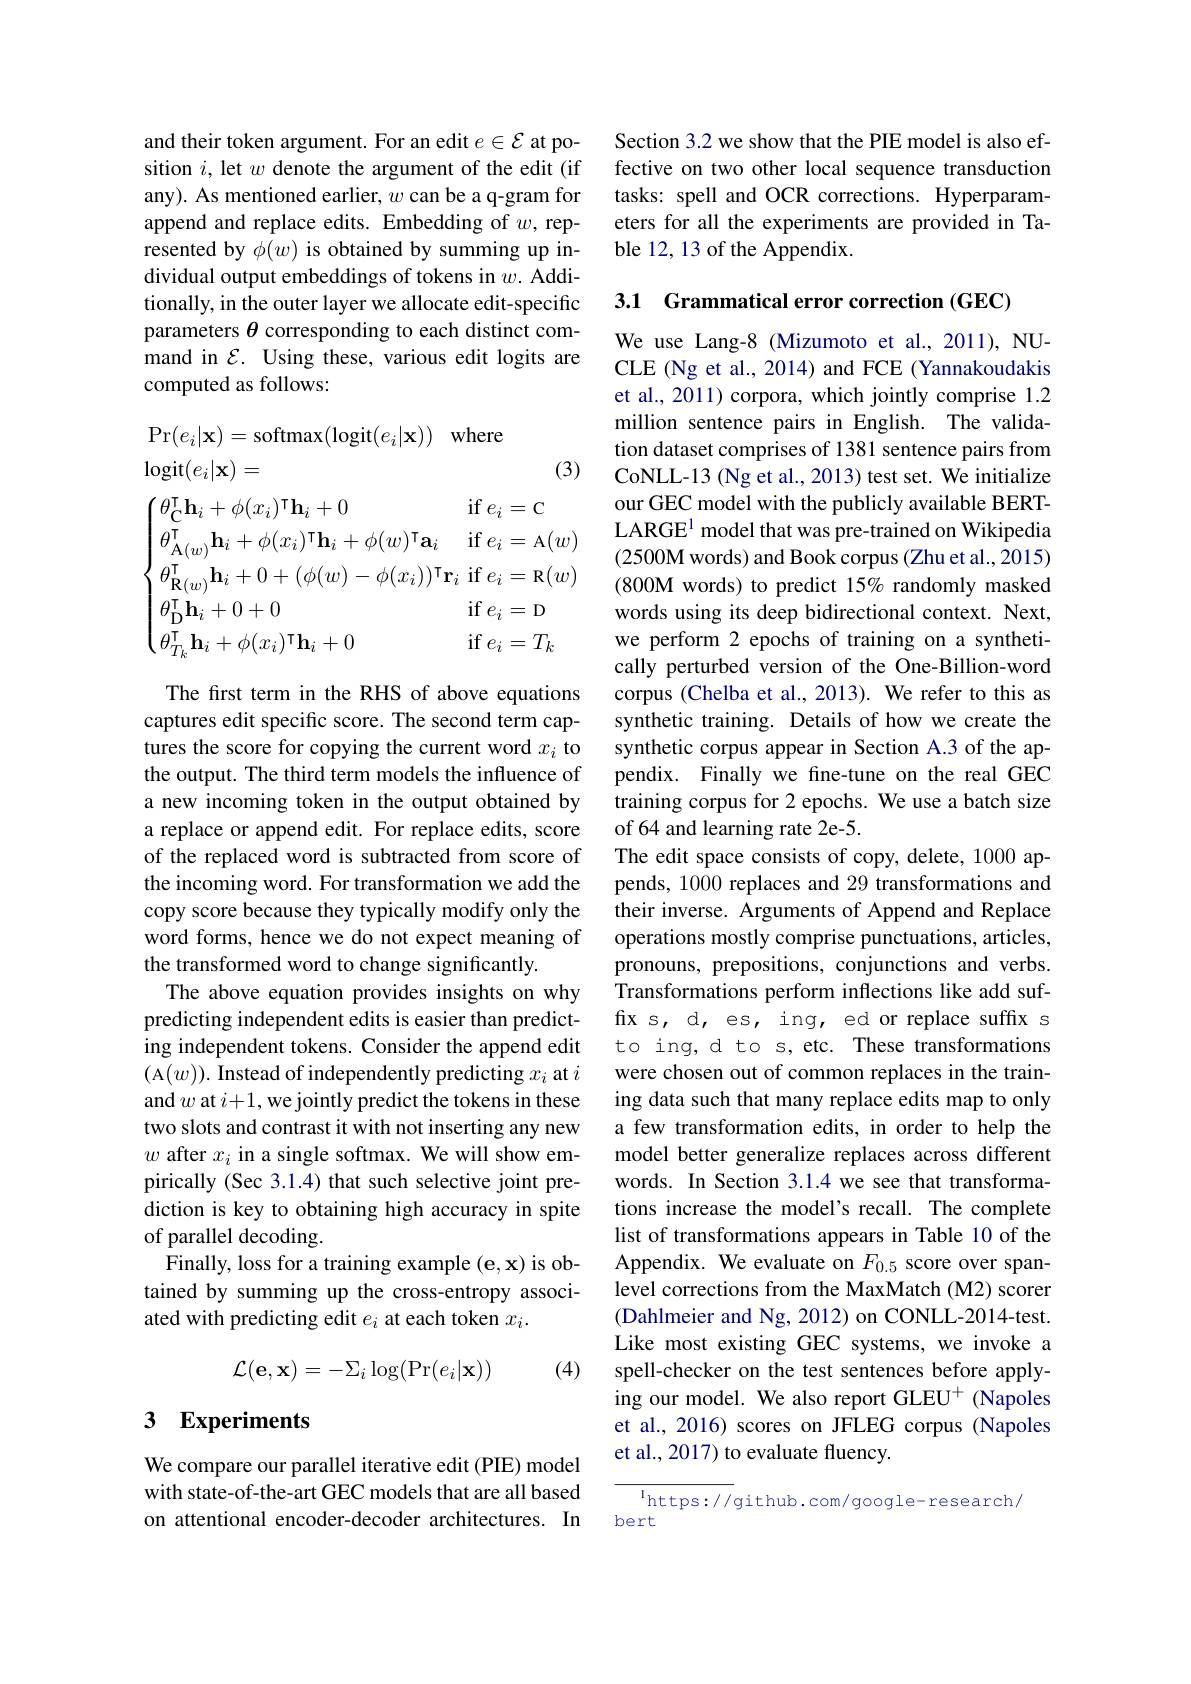
and their token argument. For an edit $e\in\mathcal{E}$ at position $i$, let $w$ denote the argument of the edit (if any). As mentioned earlier, $w$ can be a q-gram for append and replace edits. Embedding of $w$, represented by $\phi(w)$ is obtained by summing up individual output embeddings of tokens in $w.$ Additionally, in the outer layer we allocate edit-specific parameters $\theta$ corresponding to each distinct command in $\mathcal{E}.$ Using these, various edit logits are computed as follows:
$$\begin{aligned}&\mathrm{Pr}(e_{i}|\mathbf{x})=\mathrm{softmax}(\mathrm{logit}(e_{i}|\mathbf{x}))\quad\mathrm{where}\\&\mathrm{logit}(e_{i}|\mathbf{x})=&\text{(3)}\\&\begin{cases}\theta_\mathbf{C}^\mathrm{T}\mathbf{h}_i+\phi(x_i)^\mathrm{T}\mathbf{h}_i+0&\mathrm{if~}e_i=\mathrm{C}\\\theta_{\mathbf{A}(w)}^\mathrm{T}\mathbf{h}_i+\phi(x_i)^\mathrm{T}\mathbf{h}_i+\phi(w)^\mathrm{T}\mathbf{a}_i&\mathrm{if~}e_i=\mathrm{A}(w)\\\theta_{\mathbf{R}(w)}^\mathrm{T}\mathbf{h}_i+0+(\phi(w)-\phi(x_i))^\mathrm{T}\mathbf{r}_i&\mathrm{if~}e_i=\mathrm{R}(w)\\\theta_{\mathbf{D}}^\mathrm{T}\mathbf{h}_i+0+0&\mathrm{if~}e_i=\mathrm{D}\\\theta_{T_k}^\mathrm{T}\mathbf{h}_i+\phi(x_i)^\mathrm{T}\mathbf{h}_i+0&\mathrm{if~}e_i=T_k\end{cases}\end{aligned}$$
The first term in the RHS of above equations captures edit specific score. The second term captures the score for copying the current word $x_i$ to the output. The third term models the influence of a new incoming token in the output obtained by a replace or append edit. For replace edits, score of the replaced word is subtracted from score of the incoming word. For transformation we add the copy score because they typically modify only the word forms, hence we do not expect meaning of the transformed word to change significantly.
The above equation provides insights on why predicting independent edits is easier than predicting independent tokens. Consider the append edit (A$(w)).$ Instead of independently predicting $x_i$ at $i$ and $w$ at $i+1$, we jointly predict the tokens in these two slots and contrast it with not inserting any new $w$ after $x_i$ in a single softmax. We will show empirically ( Sec 3.1.4) that such selective joint prediction is key to obtaining high accuracy in spite of parallel decoding.
Finally, loss for a training example (e,x) is obtained by summing up the cross-entropy associated with predicting edit $e_i$ at each token $x_i.$
$$\mathcal{L}(\mathbf{e},\mathbf{x})=-\Sigma_{i}\log(\Pr(e_{i}|\mathbf{x}))$$
(4)

# 3 Experiments

We compare our parallel iterative edit (PIE) model with state-of-the-art GEC models that are all based on attentional encoder-decoder architectures. In

Section 3.2 we show that the PIE model is also effective on two other local sequence transduction tasks: spell and OCR corrections. Hyperparameters for all the experiments are provided in Table 12, 13 of the Appendix.

3.1 Grammatical error correction (GEC)

We use Lang-8 (Mizumoto et al., 2011), NUCLE (Ng et al., 2014) and FCE (Yannakoudakis et al., 2011) corpora, which jointly comprise 1.2 million sentence pairs in English. The validation dataset comprises of 1381 sentence pairs from CoNLL-13 (Ng et al., 2013) test set. We initialize our GEC model with the publicly available BERTLARGE$^{1}$ model that was pre-trained on Wikipedia (2500M words) and Book corpus (Zhu et al., 2015) (800M words) to predict 15% randomly masked words using its deep bidirectional context. Next, we perform 2 epochs of training on a synthetically perturbed version of the One-Billion-word corpus (Chelba et al., 2013). We refer to this as synthetic training. Details of how we create the synthetic corpus appear in Section A.3 of the appendix. Finally we fine-tune on the real GEC training corpus for 2 epochs. We use a batch size of 64 and learning rate 2e-5.
The edit space consists of copy, delete, 1000 appends, 1000 replaces and 29 transformations and their inverse. Arguments of Append and Replace operations mostly comprise punctuations, articles, pronouns, prepositions, conjunctions and verbs. Transformations perform inflections like add suffxs, d, es, ing, ed or replace suffx s to ing, d to s, etc. These transformations were chosen out of common replaces in the training data such that many replace edits map to only a few transformation edits, in order to help the model better generalize replaces across different words. In Section 3.1.4 we see that transformations increase the model's recall. The complete list of transformations appears in Table 10 of the Appendix. We evaluate on $F_{0.5}$ score over spanlevel corrections from the MaxMatch (M2) scorer (Dahlmeier and Ng, 2012) on CONLL-2014-test. Like most existing GEC systems, we invoke a spell-checker on the test sentences before applying our model. We also report GLEU$^{+}$ (Napoles et al., 2016) scores on JFLEG corpus (Napoles et al., 2017) to evaluate fluency.

$^{1}$https: / / github. com/ google- research/
bert